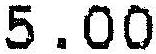
5.00